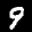
Digit: 9